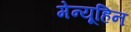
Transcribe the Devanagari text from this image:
मेन्यूहिन